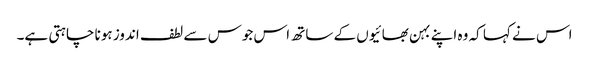
اس نے کہا کہ وہ اپنے بہن بھائیوں کے ساتھ اس جوس سے لطف اندوز ہونا چاہتی ہے۔